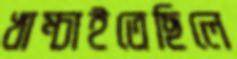
খাম্‌চাইতেছিলে